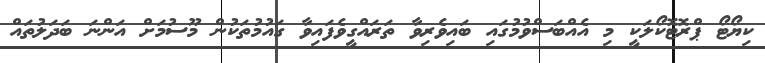
ކިޔޯޓޯ ޕްރޮޓޮކޯލަކީ މި އެއްބަސްވުމުގައި ބައިވެރިވާ ތަރައްގީވެފައިވާ ގައުމުތަކުން މޫސުމަށް އަންނަ ބަދަލުތައް